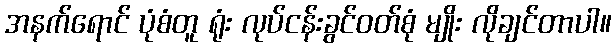
အနက်ရောင် ပုံစံတူ ရုံး လုပ်ငန်းခွင်ဝတ်စုံ မျိုး လိုချင်တာပါ။